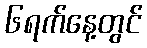
၆ရက်နေ့တွင်